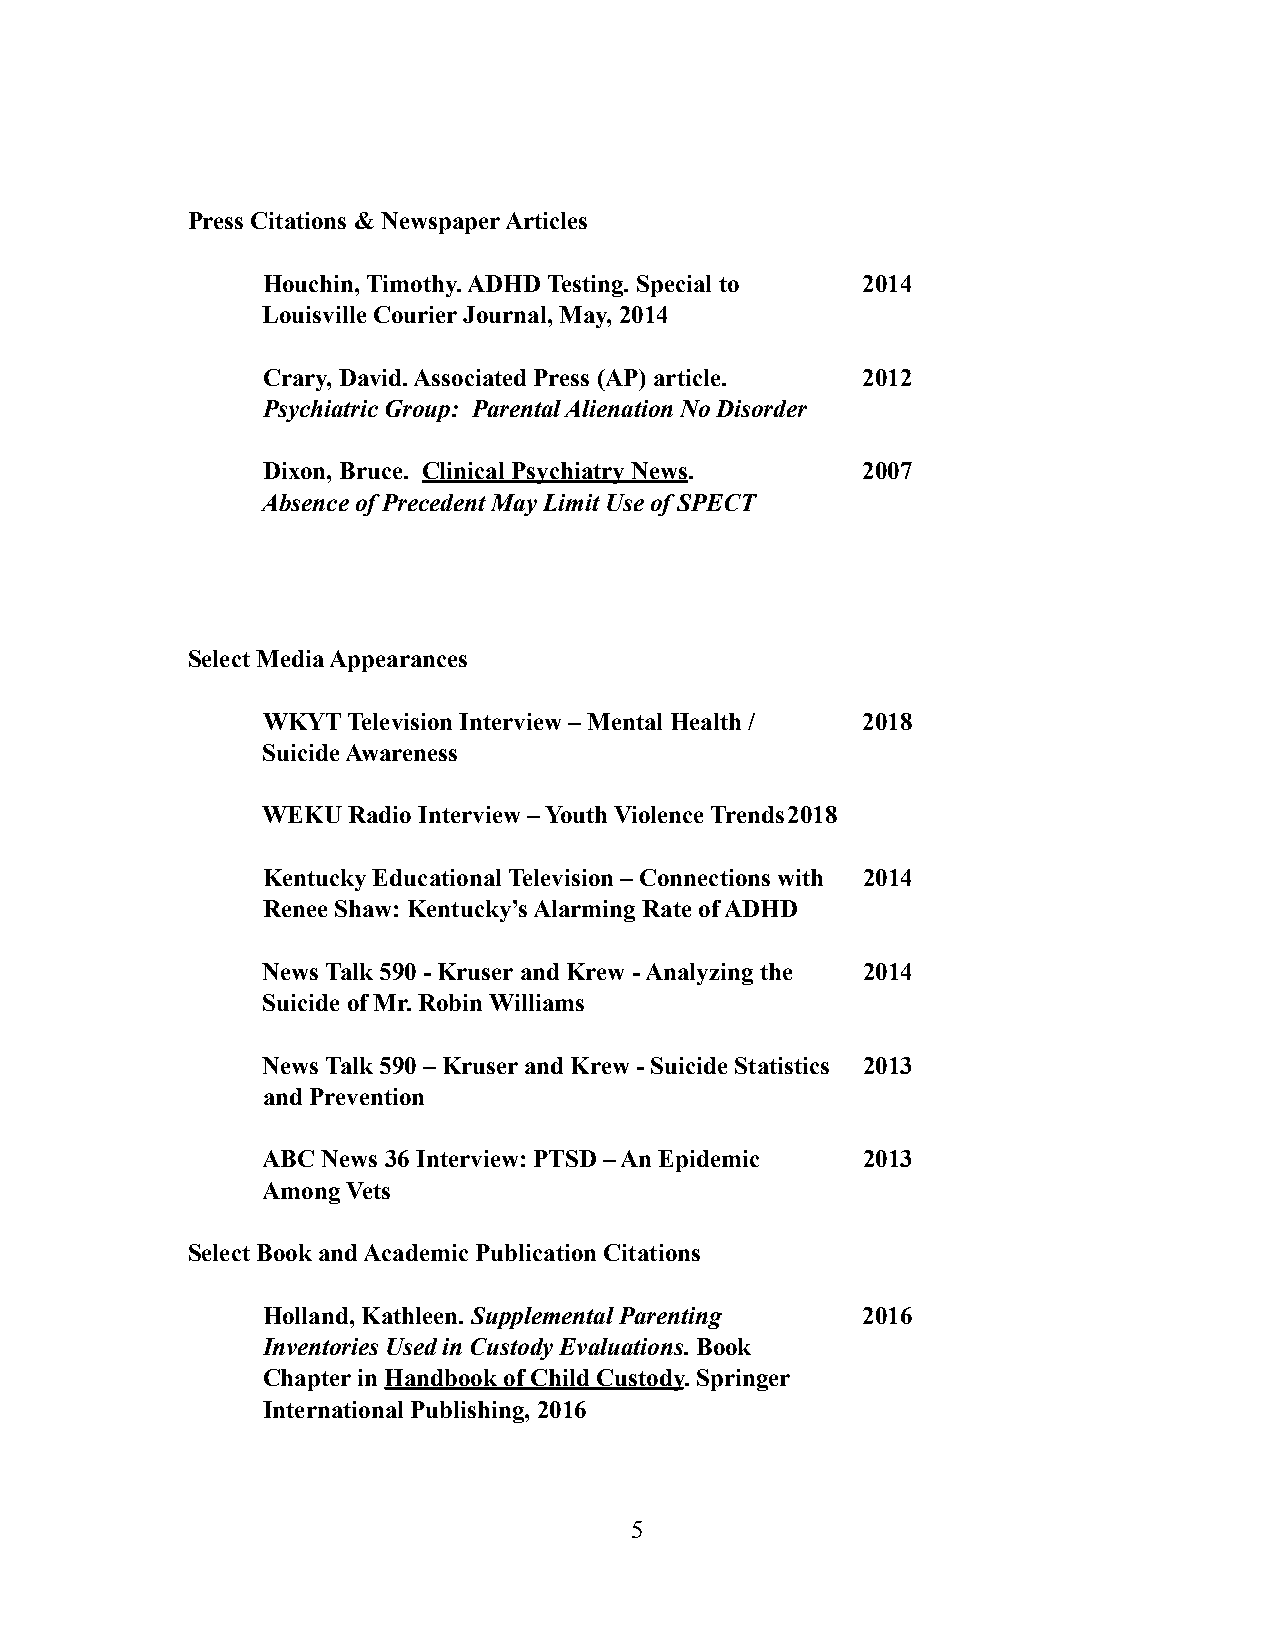
Press Citations & Newspaper Articles
 Houchin, Timothy. ADHD Testing. Special to 2014
 Louisville Courier Journal, May, 2014
 Crary, David. Associated Press (AP) article. 2012
 Psychiatric Group: Parental Alienation No Disorder
 Dixon, Bruce. Clinical Psychiatry News. 2007
 Absence of Precedent May Limit Use of SPECT
 Select Media Appearances
 WKYT  Television Interview – Mental Health / 2018
 Suicide Awareness
 WEKU  Radio Interview – Youth Violence Trends 2018
 Kentucky Educational Television – Connections with 2014
 Renee Shaw: Kentucky’s Alarming Rate of ADHD
 News Talk 590 - Kruser and Krew - Analyzing the 2014
 Suicide of Mr. Robin Williams
 News Talk 590 – Kruser and Krew - Suicide Statistics 2013
 and Prevention
 ABC News 36 Interview: PTSD – An Epidemic 2013
 Among Vets
 Select Book and Academic Publication Citations
 Holland, Kathleen. Supplemental Parenting 2016
 Inventories Used in Custody Evaluations. Book
 Chapter in Handbook of Child Custody. Springer
 International Publishing, 2016
 !5